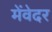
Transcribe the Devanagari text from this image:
मेंवेदर